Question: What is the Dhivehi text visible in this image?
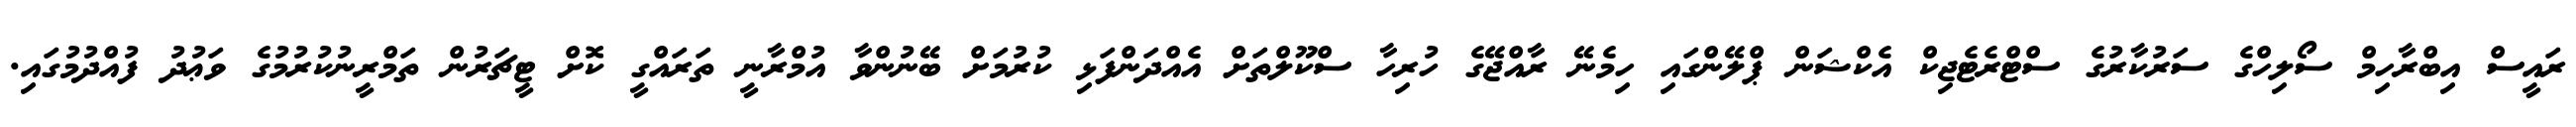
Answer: ރައީސް އިބްރާހިމް ސޯލިހްގެ ސަރުކާރުގެ ސްޓްރެޓެޖިކް އެކްޝަން ޕްލޭންގައި ހިމެނޭ ރާއްޖޭގެ ހުރިހާ ސްކޫލްތަށް އެއްދަންފަޅި ކުރުމަށް ބޭނުންވާ އުމްރާނީ ތަރައްގީ ކޮށް ޓީޗަރުން ތަމްރީނުކުރުމުގެ ވަޢުދު ފުއްދުމުގައި.